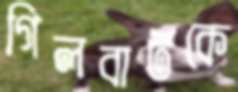
গিলবার্টকে